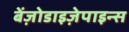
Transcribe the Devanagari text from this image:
बेंज़ोडाइज़ेपाइन्स